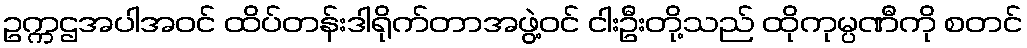
ဥက္ကဌအပါအဝင် ထိပ်တန်းဒါရိုက်တာအဖွဲ့ဝင် ငါးဦးတို့သည် ထိုကုမ္ပဏီကို စတင်